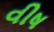
વીષ